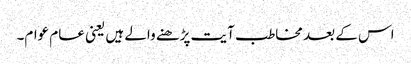
اس کے بعد مخاطب آیت پڑھنے والے ہیں یعنی عام عوام۔